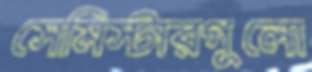
সেমিস্টারগুলো